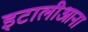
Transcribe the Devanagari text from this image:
इटालीआना